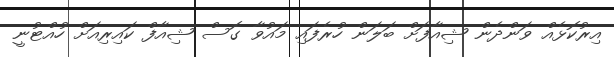
އިރުކޮޅެއް ވަންދެން ޝިއާފަށް ބަލަން ހުރެފައި މައުވާ ގޮސް ޝިއާފް ކައިރިއަށް ހުއްޓުނީ